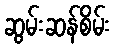
ဆွမ်းဆန်စိမ်း